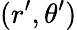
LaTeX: (r^{\prime},\theta^{\prime})